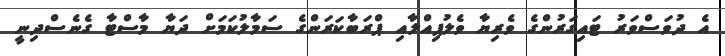
އެ ދުވަސްވަރު ޓައިގަރުންގެ ވެރިޔާ ވެލުޕިިއްލާއި ޕްރަބާކަރަންގެ ސަމާލުކަމަށް ދަޔާ މާސްޓާ ގެނެސްދިިނީ